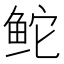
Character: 𬶍